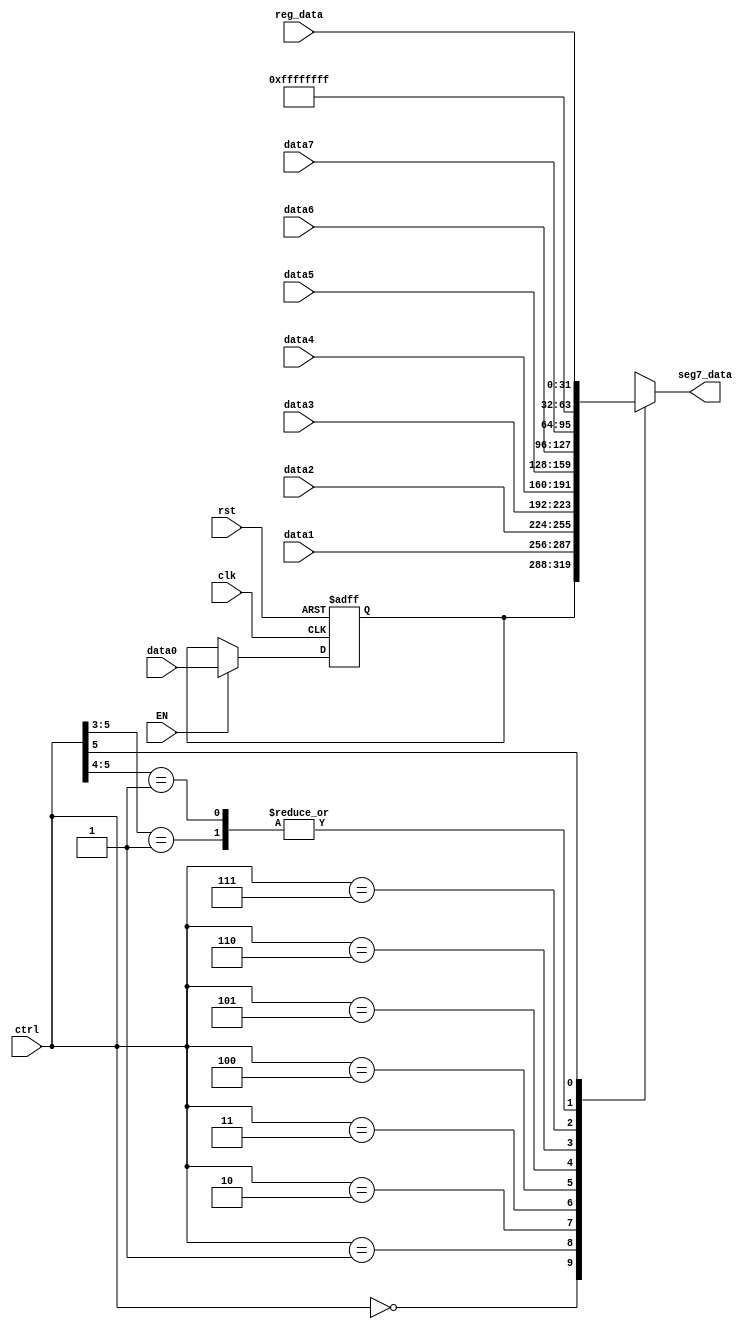
// segment 7 display content mux

`timescale 1ns / 1ps

module MULTI_CH32(
  input clk,              // clock
  input rst,              // reset
  input EN,               // Write EN
  input[5:0]  ctrl,       // SW[5:0]
  input[31:0] data0,      // channel 0 for CPU (sw)
  input[31:0] data1,      // data for test channel 1
  input[31:0] data2,      // data for test channel 2
  input[31:0] data3,      // data for test channel 3
  input[31:0] data4,      // data for test channel 4
  input[31:0] data5,      // data for test channel 5
  input[31:0] data6,      // data for test channel 6
  input[31:0] data7,      // data for test channel 7
  input[31:0] reg_data,   // data of selected register (ctrl[4:0] if ctrl[5] == '1')
  output reg [31:0] seg7_data // data to be displayed on seg7
);

  reg[31:0] disp_data = 32'hAA5555AA; // default data for test channel 0

  always @(*)
  casex(ctrl) // SW[5:0]
      6'b000000: seg7_data = disp_data;
      6'b000001: seg7_data = data1;
      6'b000010: seg7_data = data2;
      6'b000011: seg7_data = data3;
      6'b000100: seg7_data = data4;
      6'b000101: seg7_data = data5;
      6'b000110: seg7_data = data6;
      6'b000111: seg7_data = data7;
      6'b001xxx: seg7_data = 32'hFFFFFFFF;
      6'b01xxxx: seg7_data = 32'hFFFFFFFF;
      6'b1xxxxx: seg7_data = reg_data;
  endcase

  always @(posedge rst, posedge clk) begin
    if (rst)
      disp_data <= 32'hAA5555AA;
    else begin
      if(EN)
        disp_data <= data0;
      else
        disp_data <= disp_data;
    end
  end

endmodule